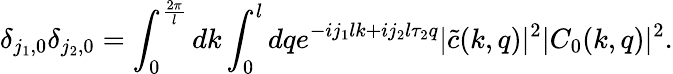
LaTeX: \delta_{j_{1},0}\delta_{j_{2},0}=\int_{0}^{\frac{2\pi}{l}}dk\int_{0}^{l}dqe^{-ij_{1}lk+ij_{2}l\tau_{2}q}|\tilde{c}(k,q)|^{2}|C_{0}(k,q)|^{2}.